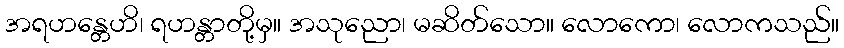
အရဟန္တေဟိ၊ ရဟန္တာတို့မှ။ အသုညော၊ မဆိတ်သော။ လောကော၊ လောကသည်။